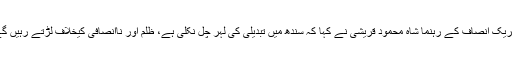
تحریک انصاف کے رہنما شاہ محمود قریشی نے کہا کہ سندھ میں تبدیلی کی لہر چل نکلی ہے، ظلم اور ناانصافی کیخلاف لڑتے رہیں گے۔